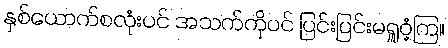
နှစ်ယောက်စလုံးပင် အသက်ကိုပင် ပြင်းပြင်းမရှူဝံ့ကြ။